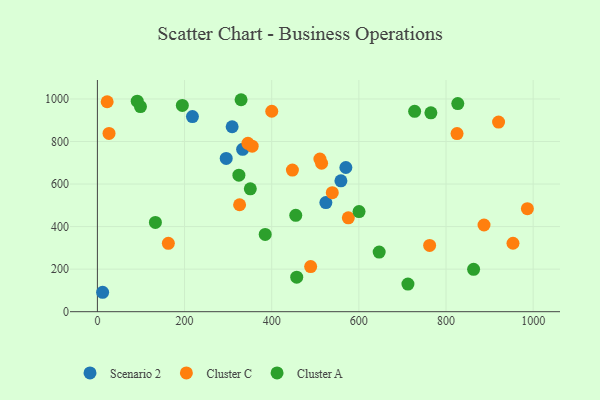
{"axis": {"x": "Study Hours", "y": "Sales"}, "legend": ["Cluster A", "Cluster C", "Scenario 2"], "data": [{"x": "524.3", "y": 513.0, "type": "Scenario 2"}, {"x": "218.1", "y": 917.0, "type": "Scenario 2"}, {"x": "333.3", "y": 763.3, "type": "Scenario 2"}, {"x": "309.2", "y": 869.4, "type": "Scenario 2"}, {"x": "570.2", "y": 677.7, "type": "Scenario 2"}, {"x": "558.8", "y": 615.2, "type": "Scenario 2"}, {"x": "12.0", "y": 91.3, "type": "Scenario 2"}, {"x": "295.6", "y": 720.3, "type": "Scenario 2"}, {"x": "22.4", "y": 986.9, "type": "Cluster C"}, {"x": "26.7", "y": 838.0, "type": "Cluster C"}, {"x": "345.4", "y": 791.5, "type": "Cluster C"}, {"x": "400.1", "y": 942.2, "type": "Cluster C"}, {"x": "447.5", "y": 665.5, "type": "Cluster C"}, {"x": "539.0", "y": 559.5, "type": "Cluster C"}, {"x": "825.3", "y": 837.3, "type": "Cluster C"}, {"x": "489.4", "y": 212.0, "type": "Cluster C"}, {"x": "514.5", "y": 697.9, "type": "Cluster C"}, {"x": "326.3", "y": 502.8, "type": "Cluster C"}, {"x": "887.2", "y": 407.6, "type": "Cluster C"}, {"x": "762.4", "y": 311.4, "type": "Cluster C"}, {"x": "986.7", "y": 484.4, "type": "Cluster C"}, {"x": "355.2", "y": 777.9, "type": "Cluster C"}, {"x": "575.8", "y": 441.1, "type": "Cluster C"}, {"x": "953.7", "y": 321.8, "type": "Cluster C"}, {"x": "162.8", "y": 321.6, "type": "Cluster C"}, {"x": "920.6", "y": 891.3, "type": "Cluster C"}, {"x": "510.6", "y": 717.6, "type": "Cluster C"}, {"x": "194.9", "y": 969.7, "type": "Cluster A"}, {"x": "385.1", "y": 363.4, "type": "Cluster A"}, {"x": "455.2", "y": 452.8, "type": "Cluster A"}, {"x": "91.4", "y": 989.8, "type": "Cluster A"}, {"x": "329.7", "y": 996.4, "type": "Cluster A"}, {"x": "457.4", "y": 162.3, "type": "Cluster A"}, {"x": "600.4", "y": 470.6, "type": "Cluster A"}, {"x": "712.6", "y": 129.9, "type": "Cluster A"}, {"x": "728.0", "y": 941.7, "type": "Cluster A"}, {"x": "827.0", "y": 978.3, "type": "Cluster A"}, {"x": "133.1", "y": 419.7, "type": "Cluster A"}, {"x": "863.3", "y": 199.3, "type": "Cluster A"}, {"x": "324.7", "y": 641.8, "type": "Cluster A"}, {"x": "98.8", "y": 964.3, "type": "Cluster A"}, {"x": "646.6", "y": 280.3, "type": "Cluster A"}, {"x": "350.9", "y": 577.6, "type": "Cluster A"}, {"x": "765.3", "y": 934.8, "type": "Cluster A"}]}